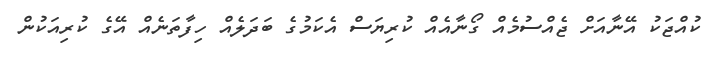
ކުއްޖަކު އޭނާއަށް ޖެއްސުމެއް ގޯނާއެއް ކުރިޔަސް އެކަމުގެ ބަދަލެއް ހިފާތަނެއް އޭގެ ކުރިއަކުން